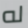
له